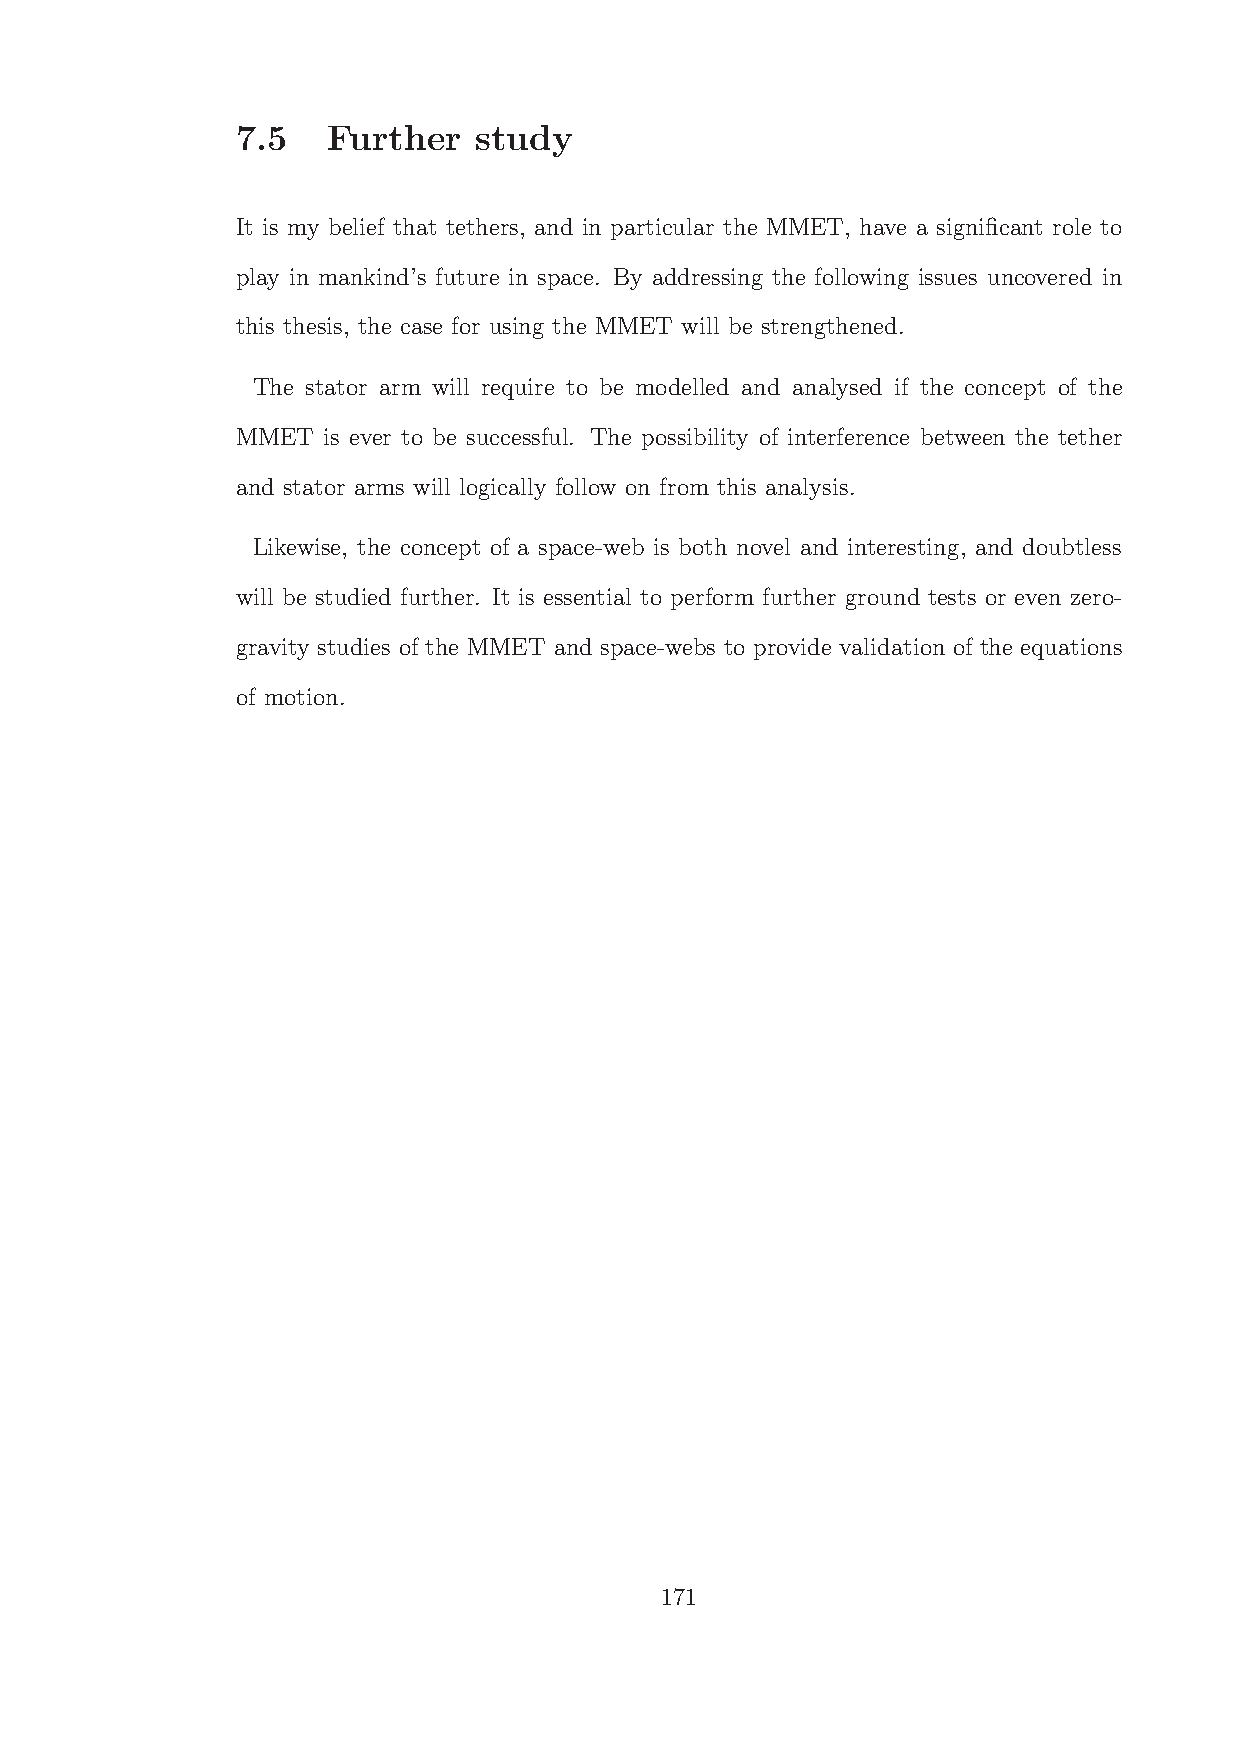
7.5   Further  study
 It is my belief that tethers, and in particular the MMET, have a significant role to
 play in mankind’s future in space. By addressing the following issues uncovered in
 this thesis, the case for using the MMET will be strengthened.
 The stator arm will require to be modelled and analysed if the concept of the
 MMET is ever to be successful. The possibility of interference between the tether
 and stator arms will logically follow on from this analysis.
 Likewise, the concept of a space-web is both novel and interesting, and doubtless
 will be studied further. It is essential to perform further ground tests or even zero-
 gravity studies of the MMET and space-webs to provide validation of the equations
 of motion.
 171